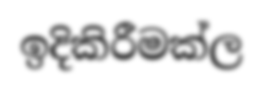
ඉදිකිරීමක්ල